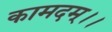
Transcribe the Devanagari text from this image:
कामदम्।।